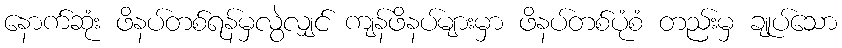
နောက်ဆုံး ဖိနပ်တစ်ရန်မှလွဲလျှင် ကျန်ဖိနပ်များမှာ ဖိနပ်တစ်ပုံစံ တည်းမှ ချုပ်သော